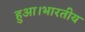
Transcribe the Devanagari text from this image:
हुआ।भारतीय